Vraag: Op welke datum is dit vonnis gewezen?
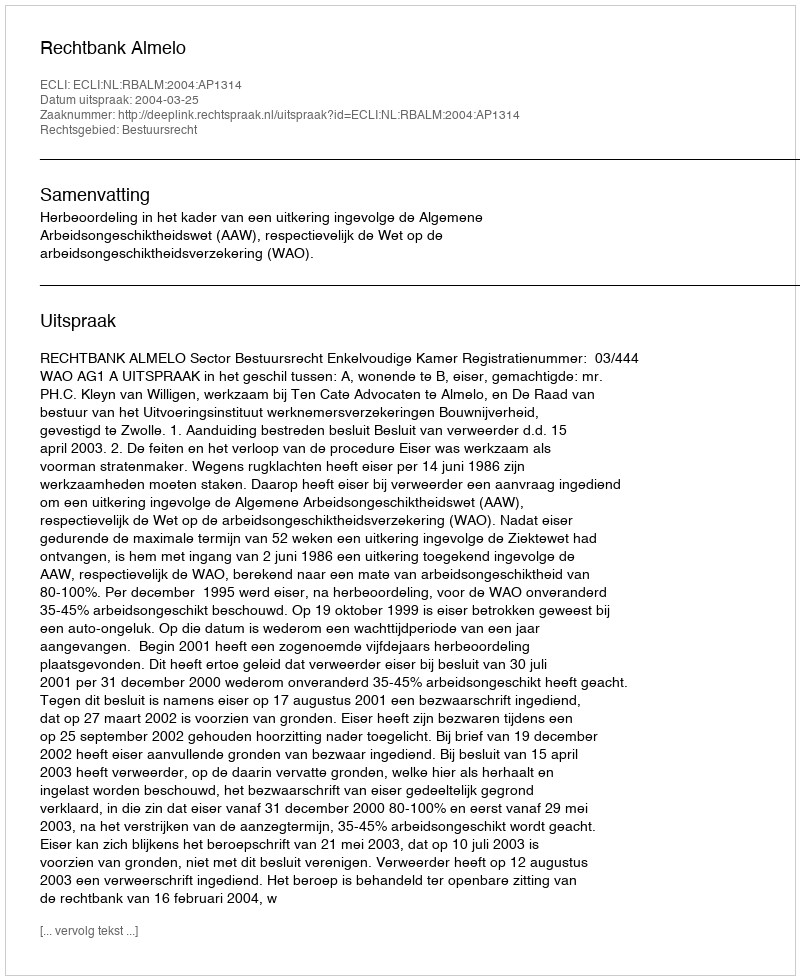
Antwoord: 2004-03-25